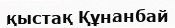
қыстақ Құнанбай